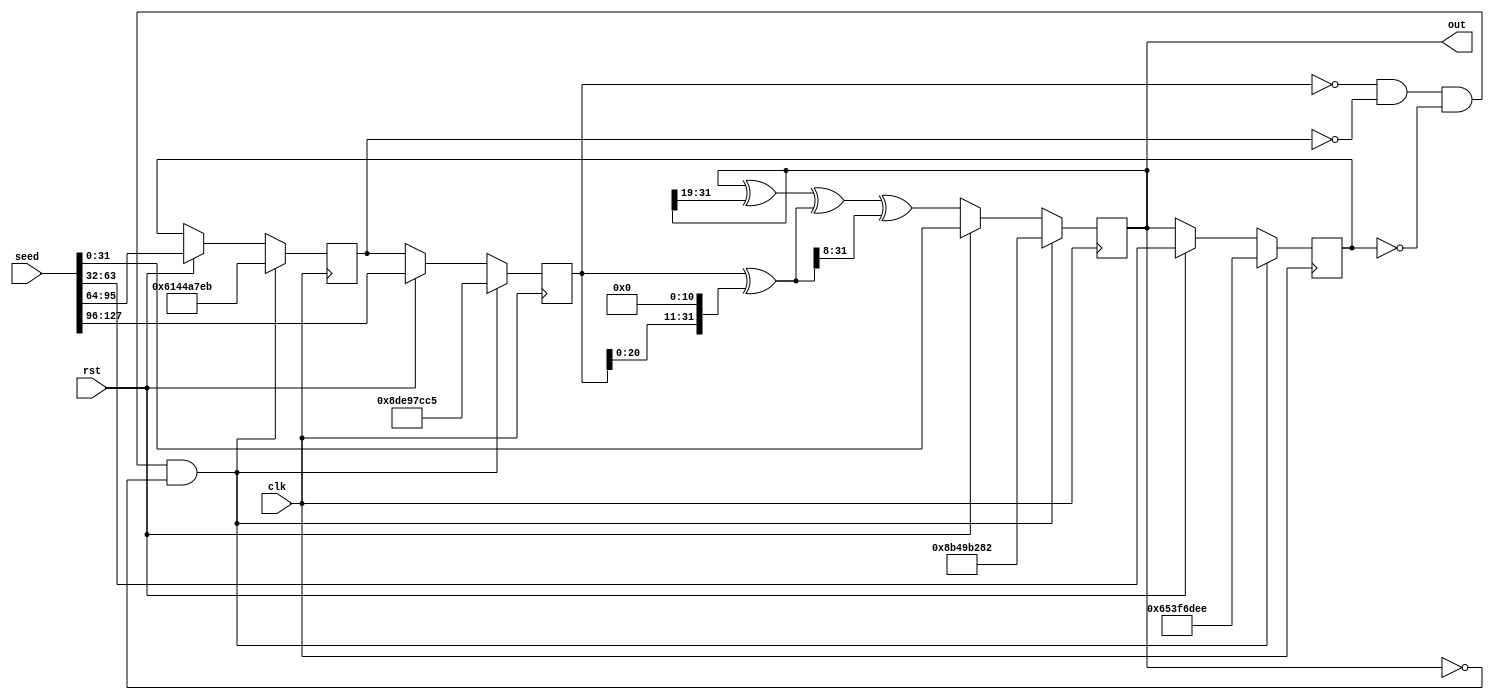
module xorshift(
    input clk,
    input rst,
    input [127:0] seed,
    output [31:0] out
    );
reg [31:0] x_q, y_q, z_q, w_q, x_d, y_d, z_d, w_d;
assign out = w_q;
always @(*) begin
	x_d = y_q;
	y_d = z_q;
	z_d = w_q;
	w_d = w_q ^ (w_q >> 19) ^ (x_q ^ (x_q << 11)) ^ ((x_q ^ (x_q << 11)) >> 8);
end
always @(posedge clk) begin
	if (x_q == 0 && y_q == 0 && z_q == 0 && w_q == 0) begin
		x_q <= 32'h8de97cc5;
		y_q <= 32'h6144a7eb;
		z_q <= 32'h653f6dee;
		w_q <= 32'h8b49b282;
	end else if (rst) begin
		x_q <= seed[127:96];
		y_q <= seed[95:64];
		z_q <= seed[63:32];
		w_q <= seed[31:0];
	end else begin
		x_q <= x_d;
		y_q <= y_d;
		z_q <= z_d;
		w_q <= w_d;
	end
end
endmodule